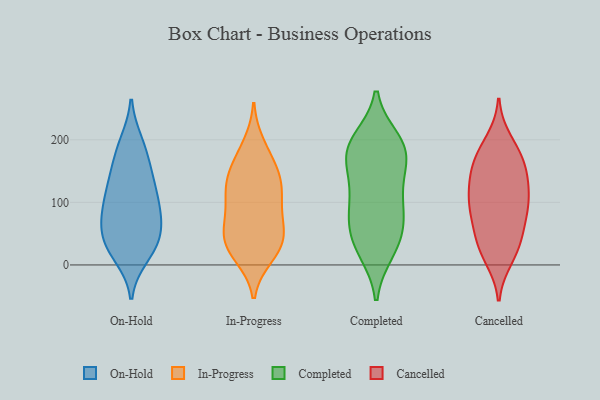
{"axis": {"x": "Tickets Resolved", "y": "Value"}, "legend": ["Cancelled", "Completed", "In-Progress", "On-Hold"], "data": [{"x": "", "y": 196, "type": "On-Hold"}, {"x": "", "y": 18, "type": "On-Hold"}, {"x": "", "y": 162, "type": "On-Hold"}, {"x": "", "y": 36, "type": "On-Hold"}, {"x": "", "y": 50, "type": "On-Hold"}, {"x": "", "y": 194, "type": "On-Hold"}, {"x": "", "y": 92, "type": "On-Hold"}, {"x": "", "y": 86, "type": "On-Hold"}, {"x": "", "y": 133, "type": "On-Hold"}, {"x": "", "y": 34, "type": "On-Hold"}, {"x": "", "y": 116, "type": "On-Hold"}, {"x": "", "y": 78, "type": "On-Hold"}, {"x": "", "y": 70, "type": "On-Hold"}, {"x": "", "y": 34, "type": "On-Hold"}, {"x": "", "y": 67, "type": "On-Hold"}, {"x": "", "y": 14, "type": "On-Hold"}, {"x": "", "y": 131, "type": "On-Hold"}, {"x": "", "y": 114, "type": "On-Hold"}, {"x": "", "y": 165, "type": "On-Hold"}, {"x": "", "y": 48, "type": "In-Progress"}, {"x": "", "y": 21, "type": "In-Progress"}, {"x": "", "y": 86, "type": "In-Progress"}, {"x": "", "y": 66, "type": "In-Progress"}, {"x": "", "y": 128, "type": "In-Progress"}, {"x": "", "y": 36, "type": "In-Progress"}, {"x": "", "y": 177, "type": "In-Progress"}, {"x": "", "y": 119, "type": "In-Progress"}, {"x": "", "y": 144, "type": "In-Progress"}, {"x": "", "y": 14, "type": "In-Progress"}, {"x": "", "y": 51, "type": "In-Progress"}, {"x": "", "y": 154, "type": "In-Progress"}, {"x": "", "y": 111, "type": "In-Progress"}, {"x": "", "y": 50, "type": "In-Progress"}, {"x": "", "y": 138, "type": "In-Progress"}, {"x": "", "y": 21, "type": "In-Progress"}, {"x": "", "y": 192, "type": "In-Progress"}, {"x": "", "y": 97, "type": "In-Progress"}, {"x": "", "y": 50, "type": "Completed"}, {"x": "", "y": 66, "type": "Completed"}, {"x": "", "y": 22, "type": "Completed"}, {"x": "", "y": 97, "type": "Completed"}, {"x": "", "y": 195, "type": "Completed"}, {"x": "", "y": 93, "type": "Completed"}, {"x": "", "y": 191, "type": "Completed"}, {"x": "", "y": 21, "type": "Completed"}, {"x": "", "y": 182, "type": "Completed"}, {"x": "", "y": 76, "type": "Completed"}, {"x": "", "y": 171, "type": "Completed"}, {"x": "", "y": 200, "type": "Completed"}, {"x": "", "y": 151, "type": "Completed"}, {"x": "", "y": 142, "type": "Completed"}, {"x": "", "y": 184, "type": "Completed"}, {"x": "", "y": 40, "type": "Completed"}, {"x": "", "y": 115, "type": "Completed"}, {"x": "", "y": 167, "type": "Cancelled"}, {"x": "", "y": 135, "type": "Cancelled"}, {"x": "", "y": 11, "type": "Cancelled"}, {"x": "", "y": 103, "type": "Cancelled"}, {"x": "", "y": 158, "type": "Cancelled"}, {"x": "", "y": 106, "type": "Cancelled"}, {"x": "", "y": 27, "type": "Cancelled"}, {"x": "", "y": 20, "type": "Cancelled"}, {"x": "", "y": 45, "type": "Cancelled"}, {"x": "", "y": 198, "type": "Cancelled"}, {"x": "", "y": 169, "type": "Cancelled"}, {"x": "", "y": 72, "type": "Cancelled"}, {"x": "", "y": 45, "type": "Cancelled"}, {"x": "", "y": 184, "type": "Cancelled"}, {"x": "", "y": 142, "type": "Cancelled"}, {"x": "", "y": 95, "type": "Cancelled"}, {"x": "", "y": 81, "type": "Cancelled"}, {"x": "", "y": 95, "type": "Cancelled"}, {"x": "", "y": 129, "type": "Cancelled"}]}